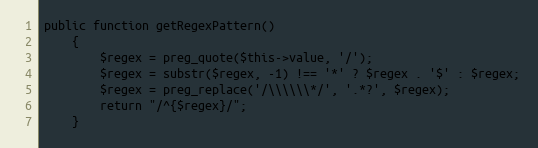
Language: PHP
public function getRegexPattern()
    {
        $regex = preg_quote($this->value, '/');
        $regex = substr($regex, -1) !== '*' ? $regex . '$' : $regex;
        $regex = preg_replace('/\\\\\\*/', '.*?', $regex);
        return "/^{$regex}/";
    }